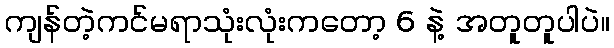
ကျန်တဲ့ကင်မရာသုံးလုံးကတော့ 6 နဲ့ အတူတူပါပဲ။